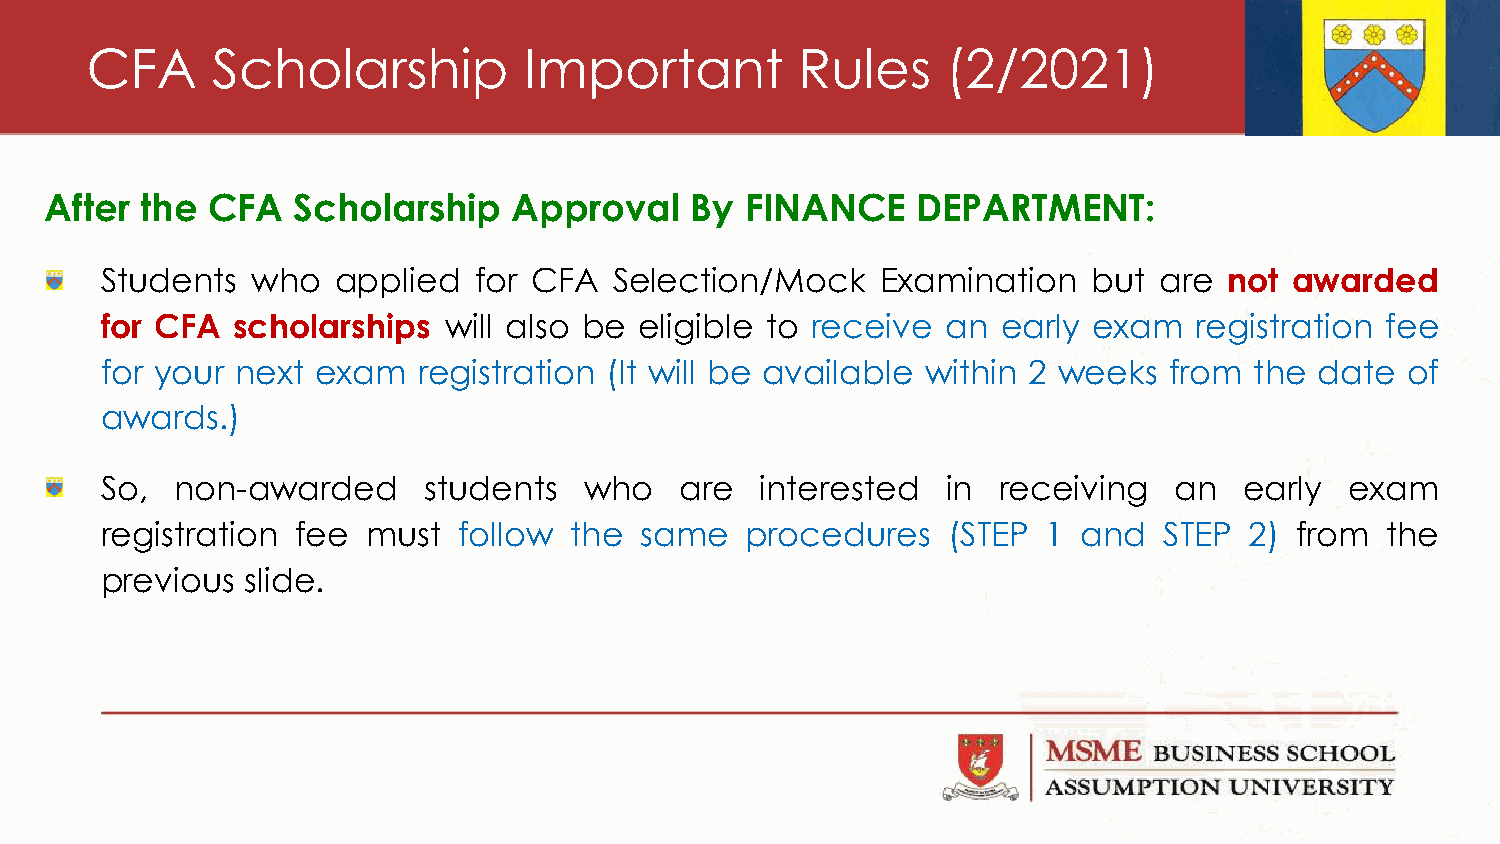
CFA     Scholarship          Important         Rules     (2/2021)
 After the  CFA  Scholarship    Approval    By FINANCE     DEPARTMENT:
 Students  who  applied  for CFA   Selection/Mock   Examination   but  are not  awarded
 for CFA scholarships  will also be eligible to receive  an early exam   registration fee
 for your next exam   registration (It will be available within 2 weeks from the date  of
 awards.)
 So,  non-awarded     students   who   are  interested   in receiving   an  early  exam
 registration fee must  follow  the same   procedures    (STEP 1  and  STEP  2) from  the
 previous slide.